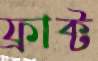
ফ্রাক্ট